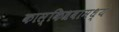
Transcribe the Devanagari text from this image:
कास्किश्रवामध्ये